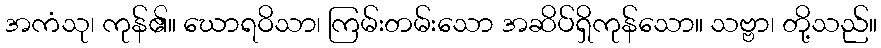
အကံသု၊ ကုန်၏။ ဃောရဝိသာ၊ ကြမ်းတမ်းသော အဆိပ်ရှိကုန်သော။ သဗ္ဗာ၊ တို့သည်။